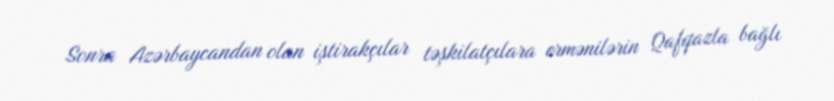
Sonra Azərbaycandan olan iştirakçılar təşkilatçılara ermənilərin Qafqazla bağlı